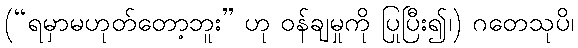
(“ရမှာမဟုတ်တော့ဘူး” ဟု ဝန်ချမှုကို ပြုပြီး၍၊) ဂတေသုပိ၊